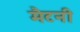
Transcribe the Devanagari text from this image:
मैटनी